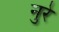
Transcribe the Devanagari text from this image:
नुरे